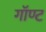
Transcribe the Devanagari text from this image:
गॉण्ट